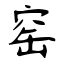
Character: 窑